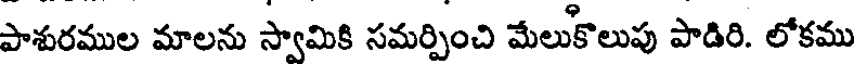
పాశురముల మాలను స్వామికి సమర్పించి మేలుకొలుపు పాడిరి. లోకము